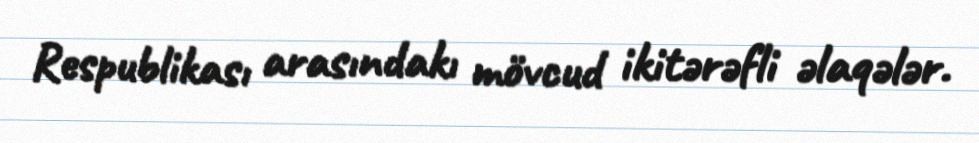
Respublikası arasındakı mövcud ikitərəfli əlaqələr.